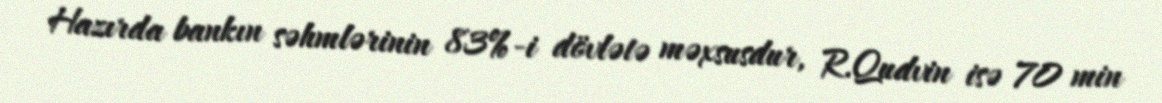
Hazırda bankın səhmlərinin 83%-i dövlətə məxsusdur, R.Qudvin isə 70 min